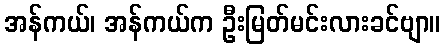
အန်ကယ်၊ အန်ကယ်က ဦးမြတ်မင်းလားခင်ဗျာ။